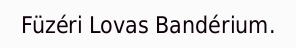
Füzéri Lovas Bandérium.